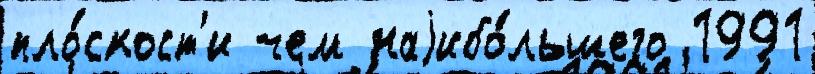
пло́скост'и чем наjибо́льшего 1991